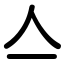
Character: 亼